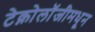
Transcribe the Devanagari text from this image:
टेक्नोलॉजीमधून